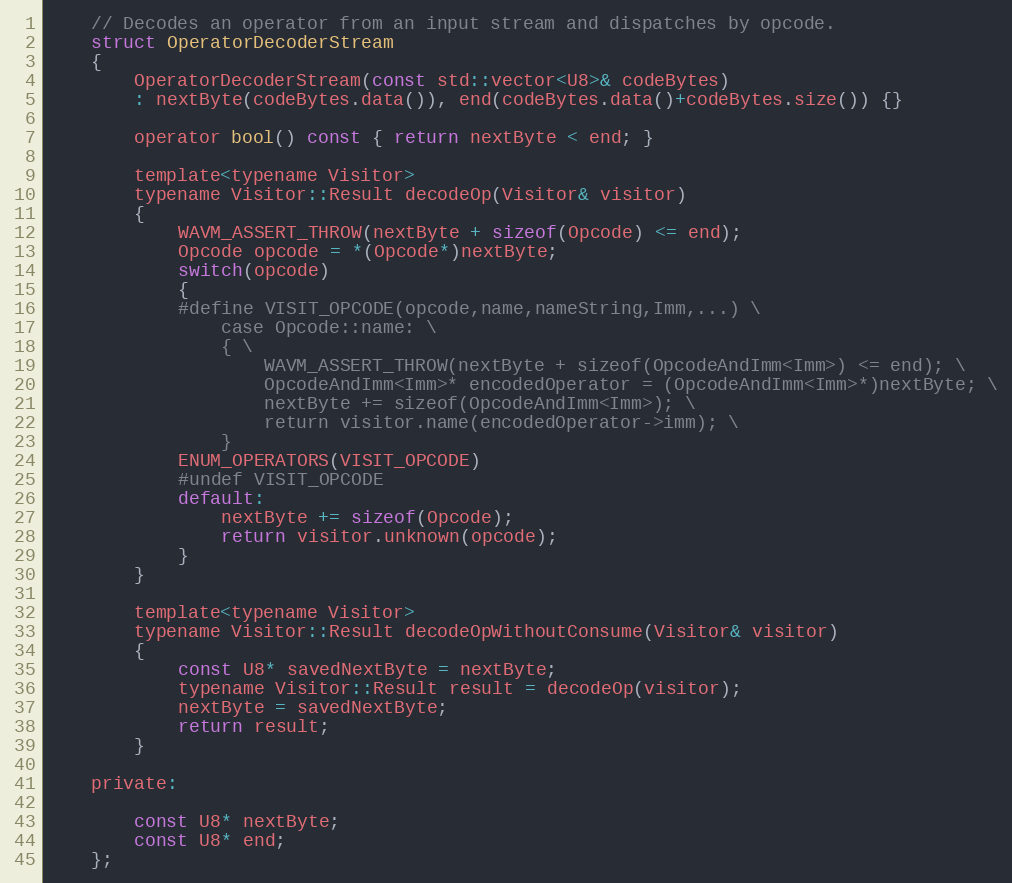
Language: C
	// Decodes an operator from an input stream and dispatches by opcode.
	struct OperatorDecoderStream
	{
		OperatorDecoderStream(const std::vector<U8>& codeBytes)
		: nextByte(codeBytes.data()), end(codeBytes.data()+codeBytes.size()) {}

		operator bool() const { return nextByte < end; }

		template<typename Visitor>
		typename Visitor::Result decodeOp(Visitor& visitor)
		{
			WAVM_ASSERT_THROW(nextByte + sizeof(Opcode) <= end);
			Opcode opcode = *(Opcode*)nextByte;
			switch(opcode)
			{
			#define VISIT_OPCODE(opcode,name,nameString,Imm,...) \
				case Opcode::name: \
				{ \
					WAVM_ASSERT_THROW(nextByte + sizeof(OpcodeAndImm<Imm>) <= end); \
					OpcodeAndImm<Imm>* encodedOperator = (OpcodeAndImm<Imm>*)nextByte; \
					nextByte += sizeof(OpcodeAndImm<Imm>); \
					return visitor.name(encodedOperator->imm); \
				}
			ENUM_OPERATORS(VISIT_OPCODE)
			#undef VISIT_OPCODE
			default:
				nextByte += sizeof(Opcode);
				return visitor.unknown(opcode);
			}
		}

		template<typename Visitor>
		typename Visitor::Result decodeOpWithoutConsume(Visitor& visitor)
		{
			const U8* savedNextByte = nextByte;
			typename Visitor::Result result = decodeOp(visitor);
			nextByte = savedNextByte;
			return result;
		}

	private:

		const U8* nextByte;
		const U8* end;
	};